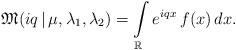
LaTeX: \begin{align*}\mathfrak{M}(iq\,|\,\mu,\lambda_1,\lambda_2) =\int\limits_\mathbb{R} e^{iqx}\,f(x)\,dx.\end{align*}